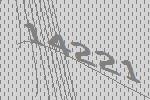
14221